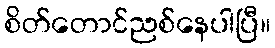
စိတ်တောင်ညစ်နေပါပြီ။